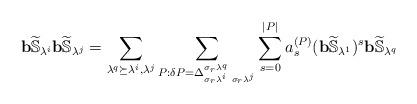
LaTeX: \begin{align*}{\bf{b}}\widetilde{\mathbb{S}}_{\lambda^i}{\bf{b}}\widetilde{\mathbb{S}}_{\lambda^j}&=\sum_{\lambda^q\succeq \lambda^i,\lambda^j}\sum_{P : \delta P=\Delta_{\sigma_r\lambda^i~\sigma_r\lambda^j}^{\sigma_r\lambda^q}}\sum_{s=0}^{|P|}a^{(P)}_s({\bf{b}}\widetilde{\mathbb{S}}_{\lambda^1})^s{\bf{b}}\widetilde{\mathbb{S}}_{\lambda^q}\\\end{align*}